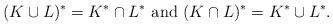
LaTeX: \begin{align*}( K \cup L )^* = K^* \cap L^*\textrm{ and } ( K \cap L )^* = K^* \cup L^* .\end{align*}